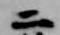
二